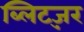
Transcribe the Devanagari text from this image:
ब्लिट्ज़र